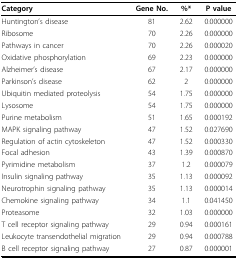
<table><thead><tr><td><b>Category</b></td><td><b>Gene No.</b></td><td><b>%*</b></td><td><b>P value</b></td></tr></thead><tbody><tr><td>Huntington&#x27;s disease</td><td>81</td><td>2.62</td><td>0.000000</td></tr><tr><td>Ribosome</td><td>70</td><td>2.26</td><td>0.000000</td></tr><tr><td>Pathways in cancer</td><td>70</td><td>2.26</td><td>0.000020</td></tr><tr><td>Oxidative phosphorylation</td><td>69</td><td>2.23</td><td>0.000000</td></tr><tr><td>Alzheimer&#x27;s disease</td><td>67</td><td>2.17</td><td>0.000000</td></tr><tr><td>Parkinson&#x27;s disease</td><td>62</td><td>2</td><td>0.000000</td></tr><tr><td>Ubiquitin mediated proteolysis</td><td>54</td><td>1.75</td><td>0.000000</td></tr><tr><td>Lysosome</td><td>54</td><td>1.75</td><td>0.000000</td></tr><tr><td>Purine metabolism</td><td>51</td><td>1.65</td><td>0.000192</td></tr><tr><td>MAPK signaling pathway</td><td>47</td><td>1.52</td><td>0.027690</td></tr><tr><td>Regulation of actin cytoskeleton</td><td>47</td><td>1.52</td><td>0.000330</td></tr><tr><td>Focal adhesion</td><td>43</td><td>1.39</td><td>0.000870</td></tr><tr><td>Pyrimidine metabolism</td><td>37</td><td>1.2</td><td>0.000079</td></tr><tr><td>Insulin signaling pathway</td><td>35</td><td>1.13</td><td>0.000092</td></tr><tr><td>Neurotrophin signaling pathway</td><td>35</td><td>1.13</td><td>0.000014</td></tr><tr><td>Chemokine signaling pathway</td><td>34</td><td>1.1</td><td>0.041450</td></tr><tr><td>Proteasome</td><td>32</td><td>1.03</td><td>0.000000</td></tr><tr><td>T cell receptor signaling pathway</td><td>29</td><td>0.94</td><td>0.000161</td></tr><tr><td>Leukocyte transendothelial migration</td><td>29</td><td>0.94</td><td>0.000788</td></tr><tr><td>B cell receptor signaling pathway</td><td>27</td><td>0.87</td><td>0.000001</td></tr></tbody></table>